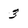
Character: 3